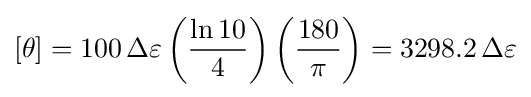
[\theta ]=100\,\Delta \varepsilon \left({\frac {\ln 10}{4}}\right)\left({\frac {180}{\pi }}\right)=3298.2\,\Delta \varepsilon